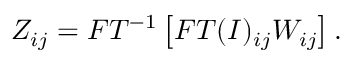
\centering Z _ { i j } = F T ^ { - 1 } \left[ F T ( I ) _ { i j } W _ { i j } \right] .